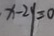
x - 2 y = 0